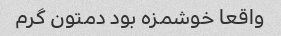
واقعا خوشمزه بود دمتون گرم